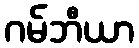
ဂမ်ဘီယာ